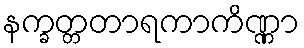
နက္ခတ္တတာရကာကိဏ္ဏာ